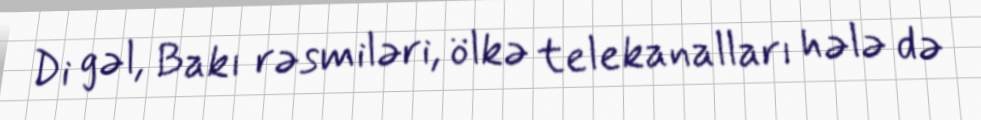
Di gəl, Bakı rəsmiləri, ölkə telekanalları hələ də